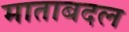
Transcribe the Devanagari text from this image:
माताबदल